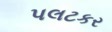
પલટકર